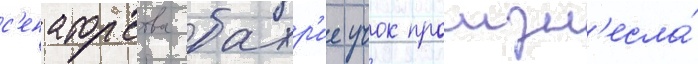
с'енаторства бахр'ие учок произн'есла́